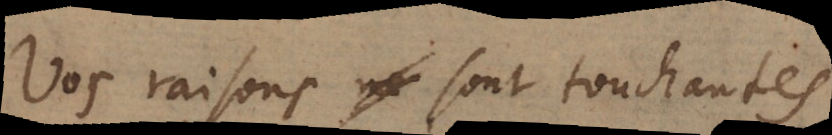
Vos raisons sont touchantes